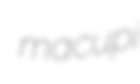
macupi